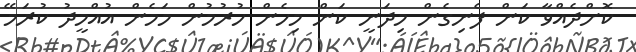
ކޮށްދެއްވާ ކަން ފެނިގެން މިދަނީ ކަން މިހެން ހުރުމުން މަމެން އުއްމީދު ކުރަމޭ